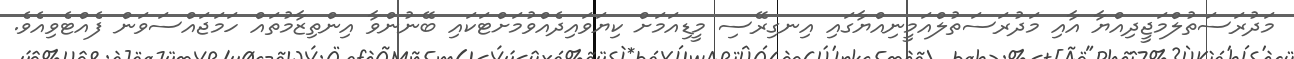
މަދުރަސަތުލްމަޖީދިއްޔާ އާއި މަދުރަސަތުލްއަމީނިއްޔާގައި އިނގިރޭސި މީޑިއަމަށް ކިޔަވައިދެއްވުމަށްޓަކައި ބޭނުންވާ އިންތިޒާމުތައް ހަމަޖައްސަވަން ފެއްޓެވިއެވެ.